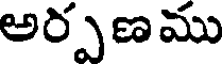
అర్పణము